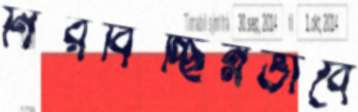
নিরবিচ্ছিন্নভাবে